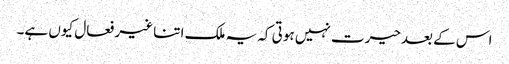
اس کے بعدحیرت نہیں ہوتی کہ یہ ملک اتنا غیر فعال کیوں ہے۔